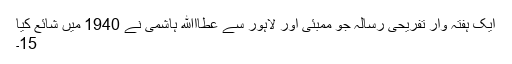
ایک ہفتہ وار تفریحی رسالہ جو ممبئی اور لاہور سے عطااﷲ ہاشمی نے 1940 میں شائع کیا
15۔